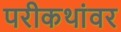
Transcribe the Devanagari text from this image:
परीकथांवर